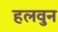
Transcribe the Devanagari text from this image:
हलवुन